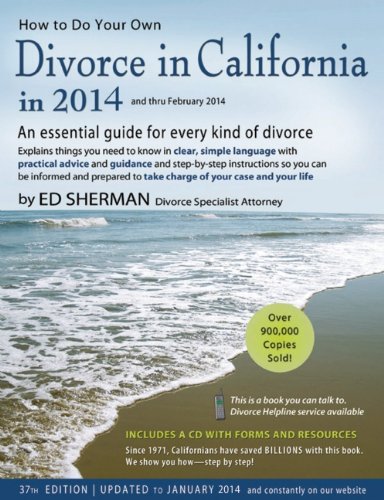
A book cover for How to Do Your Own Divorce in California in 2014: An Essential Guide for Every Kind of Divorce; Ed Sherman; Law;